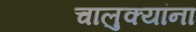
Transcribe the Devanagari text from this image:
चालुक्यांना